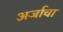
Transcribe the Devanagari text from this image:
अर्जाचा